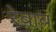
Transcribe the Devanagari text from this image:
रेबाब